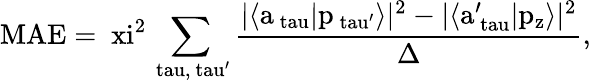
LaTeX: \mathrm{MAE=\ xi^{2}\sum_{\ tau,\ tau^{\prime}}\frac{|\langle a_{\ tau}|p_{\ tau^{\prime}}\rangle|^{2}-|\langle a_{\ tau}^{\prime}|p_{z}\rangle|^{2}}{\Delta},}